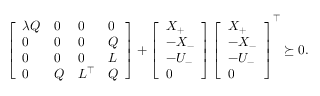
\left[ \begin{array} { l l l l } { \lambda Q } & { 0 } & { 0 } & { 0 } \\ { 0 } & { 0 } & { 0 } & { Q } \\ { 0 } & { 0 } & { 0 } & { L } \\ { 0 } & { Q } & { L ^ { \top } } & { Q } \end{array} \right] + \left[ \begin{array} { l } { X _ { + } } \\ { - X _ { - } } \\ { - U _ { - } } \\ { 0 } \end{array} \right] \left[ \begin{array} { l } { X _ { + } } \\ { - X _ { - } } \\ { - U _ { - } } \\ { 0 } \end{array} \right] ^ { \top } \succeq 0 .